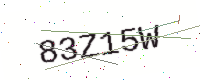
Text: 83Z15W